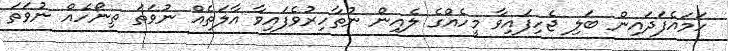
ހަމައެފަދައިން ބަލި ޖެހިފައިވާ މީހެއްގެ ލެއިން ނުތާހިރުވެފައިވާ އާލަތެއް ނުވަތަ ތިނޯހެއް ނުވަތަ